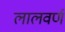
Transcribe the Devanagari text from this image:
लालवर्ण